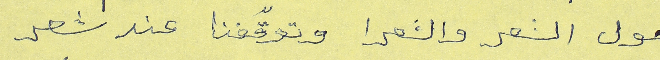
حول الشعر والشعرا وتوقّفنا عند شعر